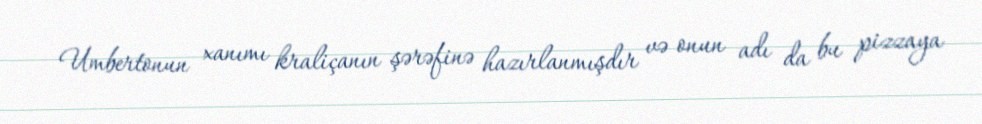
Umbertonun xanımı kraliçanın şərəfinə hazırlanmışdır və onun adı da bu pizzaya